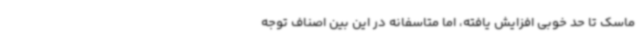
ماسک تا حد خوبی افزایش یافته، اما متاسفانه در این بین اصناف توجه